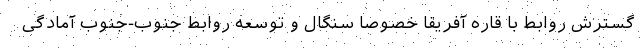
گسترش روابط با قاره آفریقا خصوصا سنگال و توسعه روابط جنوب-جنوب آمادگی